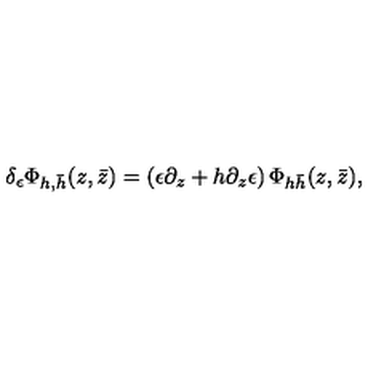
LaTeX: \delta _ { \epsilon } \Phi _ { h , \bar { h } } ( z , \bar { z } ) = \left( \epsilon \partial _ { z } + h \partial _ { z } \epsilon \right) \Phi _ { h \bar { h } } ( z , \bar { z } ) ,